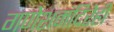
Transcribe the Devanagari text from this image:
गणेशमंदिरेही